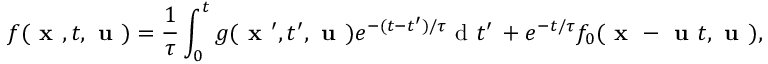
f ( \textbf { x } , t , \textbf { u } ) = \frac { 1 } { \tau } \int _ { 0 } ^ { t } g ( \textbf { x } ^ { \prime } , t ^ { \prime } , \textbf { u } ) e ^ { - ( t - t ^ { \prime } ) / \tau } \mathrm { ~ d ~ } t ^ { \prime } \, + e ^ { - t / \tau } f _ { 0 } ( \textbf { x } - \textbf { u } t , \textbf { u } ) ,